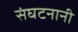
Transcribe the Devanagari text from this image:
संघटनानी